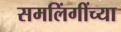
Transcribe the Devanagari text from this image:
समलिंगींच्या